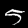
Label: 5